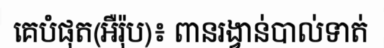
គេបំផុត(អឺរ៉ុប)៖ ពានរង្វាន់បាល់ទាត់